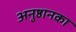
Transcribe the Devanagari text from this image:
अनुष्ठानका